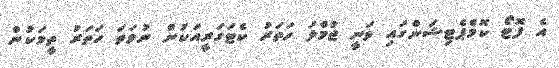
އެ ފޮޓޯ ކޮމްޕެޓިޝަންގައި ވަނީ ޖުމްލަ ހަތަރު ކެޓަގަރީއަކުން ނުވަތަ ހަތަރު ތީމަކުން